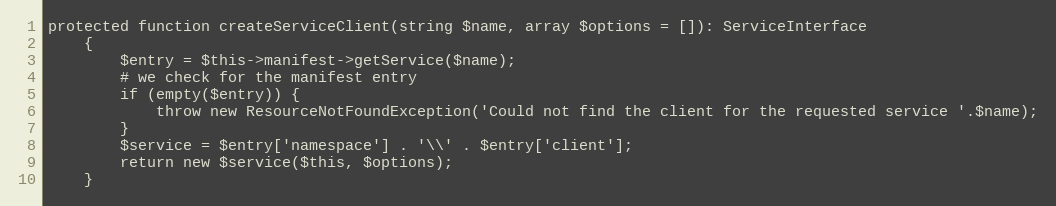
Language: PHP
protected function createServiceClient(string $name, array $options = []): ServiceInterface
    {
        $entry = $this->manifest->getService($name);
        # we check for the manifest entry
        if (empty($entry)) {
            throw new ResourceNotFoundException('Could not find the client for the requested service '.$name);
        }
        $service = $entry['namespace'] . '\\' . $entry['client'];
        return new $service($this, $options);
    }